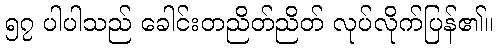
၅၇ ပါပါသည် ခေါင်းတညိတ်ညိတ် လုပ်လိုက်ပြန်၏။